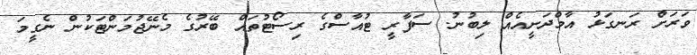
ވަރަށް ރަނގަޅު އާމްދަނީއެއް ލިބުނު. ސަފާރީ ޓުއާސްގެ ރިސޯޓުތައް ބޭރުގެ މެނޭޖުމަންޓަކުން ނެގީމަ